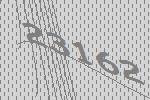
23162